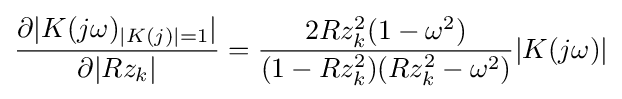
{\frac {\partial |K(j\omega )_{|K(j)|=1}|}{\partial |Rz_{k}|}}={\frac {2Rz_{k}^{2}(1-\omega ^{2})}{(1-Rz_{k}^{2})(Rz_{k}^{2}-\omega ^{2})}}|K(j\omega )|